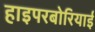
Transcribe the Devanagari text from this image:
हाइपरबोरियाई